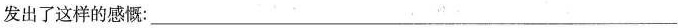
发出了这样的感慨：___